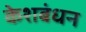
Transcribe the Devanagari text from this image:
केशबंधन